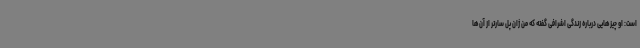
است: او چیزهایی درباره زندگی اشرافی گفته که من ژان پل سارتر از آن‌ها